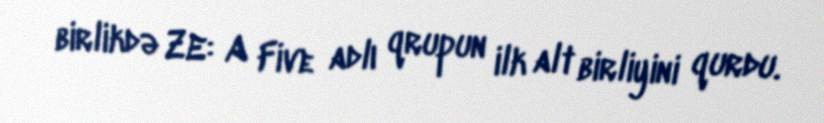
birlikdə ZE: A Five adlı qrupun ilk alt birliyini qurdu.